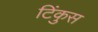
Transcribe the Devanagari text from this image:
टिंकुस